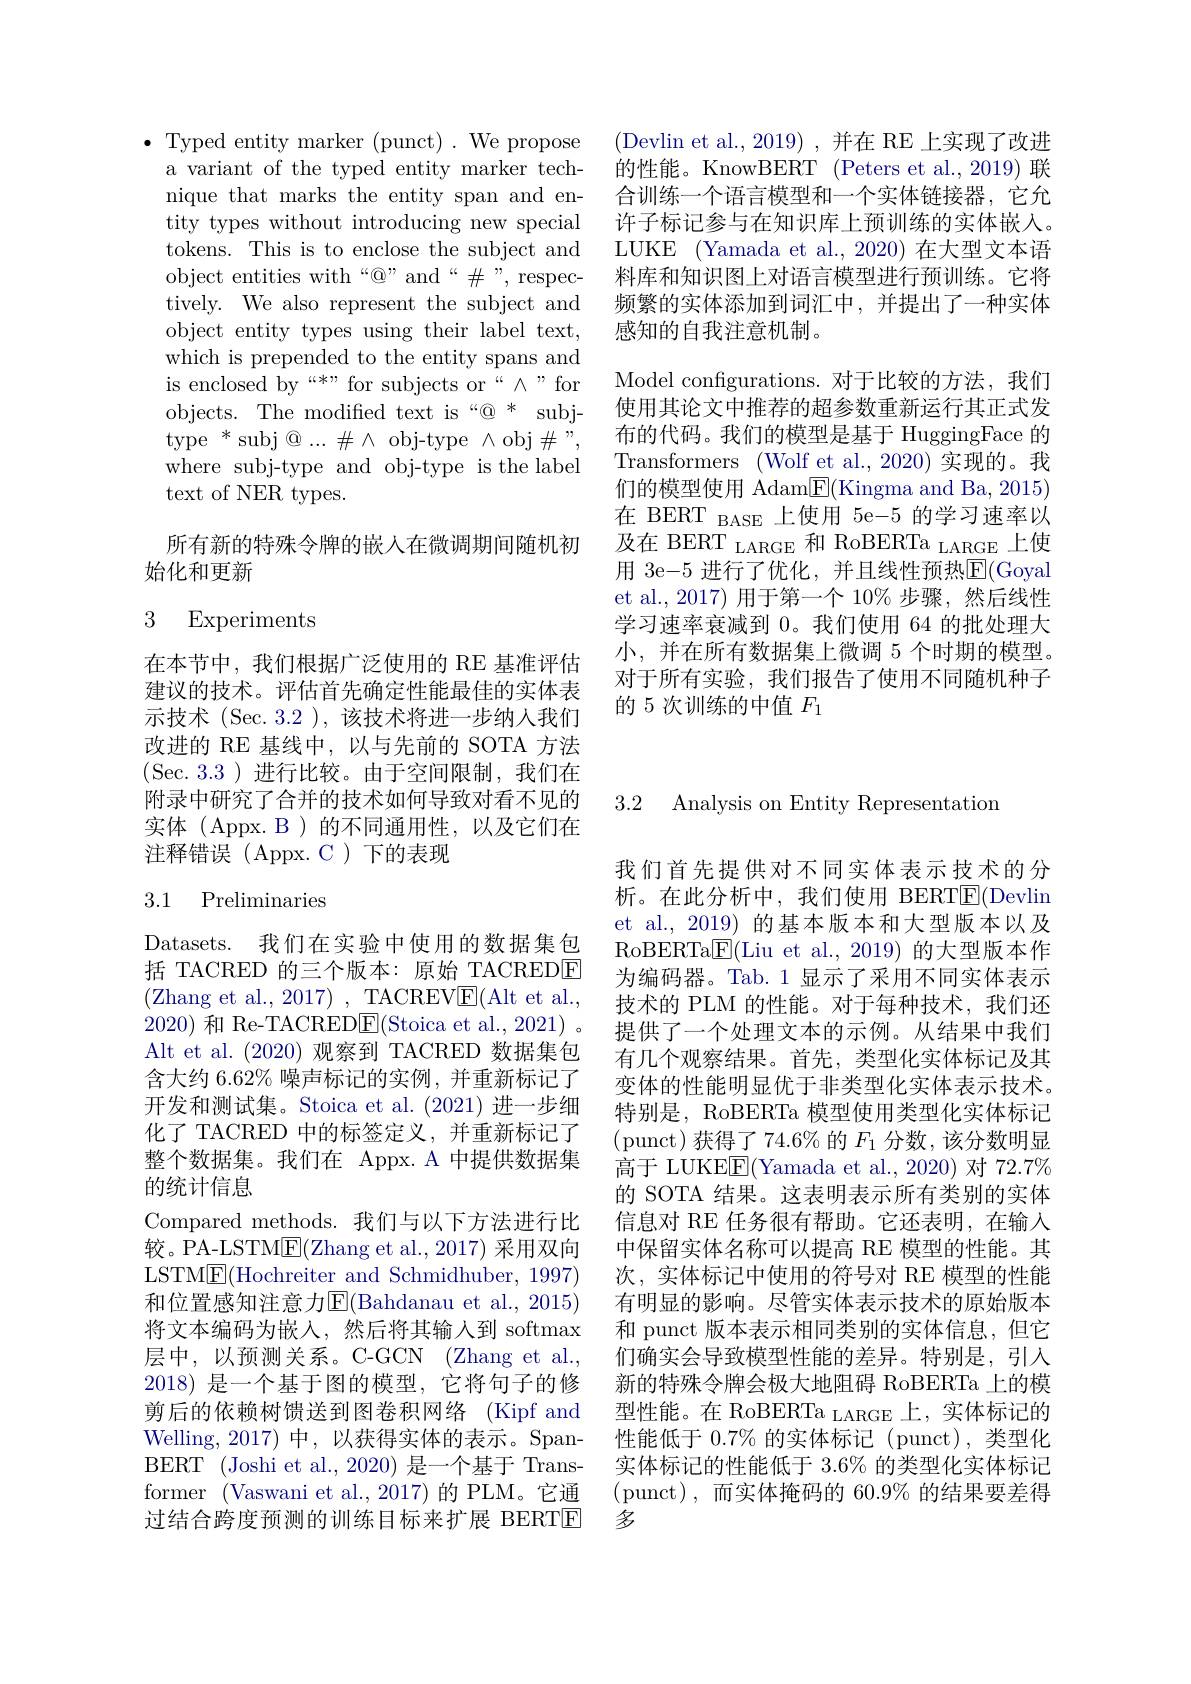
(Devlin et al., 2019) , 并在 RE 上实现了改进的性能。KnowBERT (Peters et al., 2019) 联合训练一个语言模型和一个实体链接器，它允许子标记参与在知识库上预训练的实体嵌入。LUKE (Yamada et al., 2020) 在大型文本语料库和知识图上对语言模型进行预训练。它将频繁的实体添加到词汇中，并提出了一种实体感知的自我注意机制。

Model configurations. 对于比较的方法，我们使用其论文中推荐的超参数重新运行其正式发布的代码。我们的模型是基于 HuggingFace 的Transformers (Wolf et al., 2020) 实现的。我们的模型使用 Adam$\underline{\mathrm{E}}($Kingma and Ba, 2015) 在 BERT $_{\mathrm{BASE}}$上使用 5e-5 的学习速率以及在 BERT LARGE 和 RoBERTa LARGE 上使用 3e-5 进行了优化，并且线性预热$\overline{\mathrm{E}}($Goyal et al., 2017) 用于第一个 10% 步骤，然后线性学习速率衰减到 0。我们使用 64 的批处理大小，并在所有数据集上微调 5 个时期的模型。对于所有实验，我们报告了使用不同随机种子的 5 次训练的中值$F_1$

$\bullet$Typed entity marker (punct). We propose
a variant of the typed entity marker technique that marks the entity span and entity types without introducing new special tokens. This is to enclose the subject and object entities with“@”and“$\#”$,respectively. We also represent the subject and object entity types using their label text, which is prepended to the entity spans and is enclosed by “*” for subjects or“ A" for objects. The modified text is“@ * subjtype $^*$subj@$...\#\wedge$obj-type$\wedge$obj$\#"$, where subj-type and obj-type is the label text of NER types.

所有新的特殊令牌的嵌入在微调期间随机初
始化和更新

## 3 Experiments

在本节中，我们根据广泛使用的 RE 基准评估建议的技术。评估首先确定性能最佳的实体表示技术 (Sec. 3.2 ), 该技术将进一步纳人我们改进的 RE 基线中，以与先前的 SOTA 方法(Sec. 3. 3 ) 进行比较。由于空间限制，我们在附录中研究了合并的技术如何导致对看不见的实体(Appx.B)的不同通用性，以及它们在注释错误(Appx.C)下的表现

## 3.1 Preliminaries

Datasets. 我们在实验中使用的数据集包括 TACRED 的三个版本：原始 TACREDE (Zhang et al., 2017) , TACREV$\underline{\mathrm{E}}($Alt et al., 2020)和 Re-TACRED$\underline{\mathrm{E}}($Stoica et al., 2021) 。Alt et al. (2020)观察到 TACRED 数据集包含大约 6.62% 噪声标记的实例，并重新标记了开发和测试集。Stoica et al.(2021) 进一步细化了 TACRED 中的标签定义，并重新标记了整个数据集。我们在 Appx. A 中提供数据集的统计信息
Compared methods. 我们与以下方法进行比较。PA-LSTM$\underline{\mathrm{E}}($Zhang et al.,2017) 采用双向LSTME(Hochreiter and Schmidhuber, 1997) 和位置感知注意力E(Bahdanau et al., 2015) 将文本编码为嵌入，然后将其输人到 softmax 层中，以预测关系。C-GCN(Zhang et al., 2018)是一个基于图的模型，它将句子的修剪后的依赖树馈送到图卷积网络 (Kipf and Welling,2017)中，以获得实体的表示。SpanBERT (Joshi et al., 2020) 是一个基于 Transformer (Vaswani et al.,2017)的 PLM。它通过结合跨度预测的训练目标来扩展 BERTE

3.2 Analysis on Entity Representation

我们首先提供对不同实体表示技术的分析。在此分析中，我们使用 BERTE(Devlin et al., 2019) 的基本版本和大型版本以及RoBERTa$\underline{\mathrm{E}}($Liu et al., 2019) 的大型版本作为编码器。Tab.1 显示了采用不同实体表示技术的 PLM 的性能。对于每种技术，我们还提供了一个处理文本的示例。从结果中我们有几个观察结果。首先，类型化实体标记及其变体的性能明显优于非类型化实体表示技术。特别是，RoBERTa 模型使用类型化实体标记(punct)获得了$74.6\%$的$F_1$ 分数，该分数明显高于 LUKEE(Yamada et al., 2020) 对 72.7% 的 SOTA 结果。这表明表示所有类别的实体信息对 RE 任务很有帮助。它还表明，在输入中保留实体名称可以提高 RE 模型的性能。其次，实体标记中使用的符号对 RE 模型的性能有明显的影响。尽管实体表示技术的原始版本和 punct 版本表示相同类别的实体信息，但它们确实会导致模型性能的差异。特别是，引入新的特殊令牌会极大地阻碍 RoBERTa 上的模型性能。在 RoBERTa LARGE 上，实体标记的性能低于 0.7% 的实体标记 (punct),类型化实体标记的性能低于 3.6% 的类型化实体标记(punct),而实体掩码的 60.9%的结果要差得多